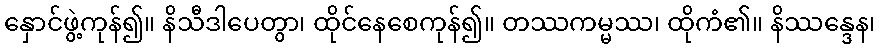
နှောင်ဖွဲ့ကုန်၍။ နိသီဒါပေတွာ၊ ထိုင်နေစေကုန်၍။ တဿကမ္မဿ၊ ထိုကံ၏။ နိဿန္ဒေန၊